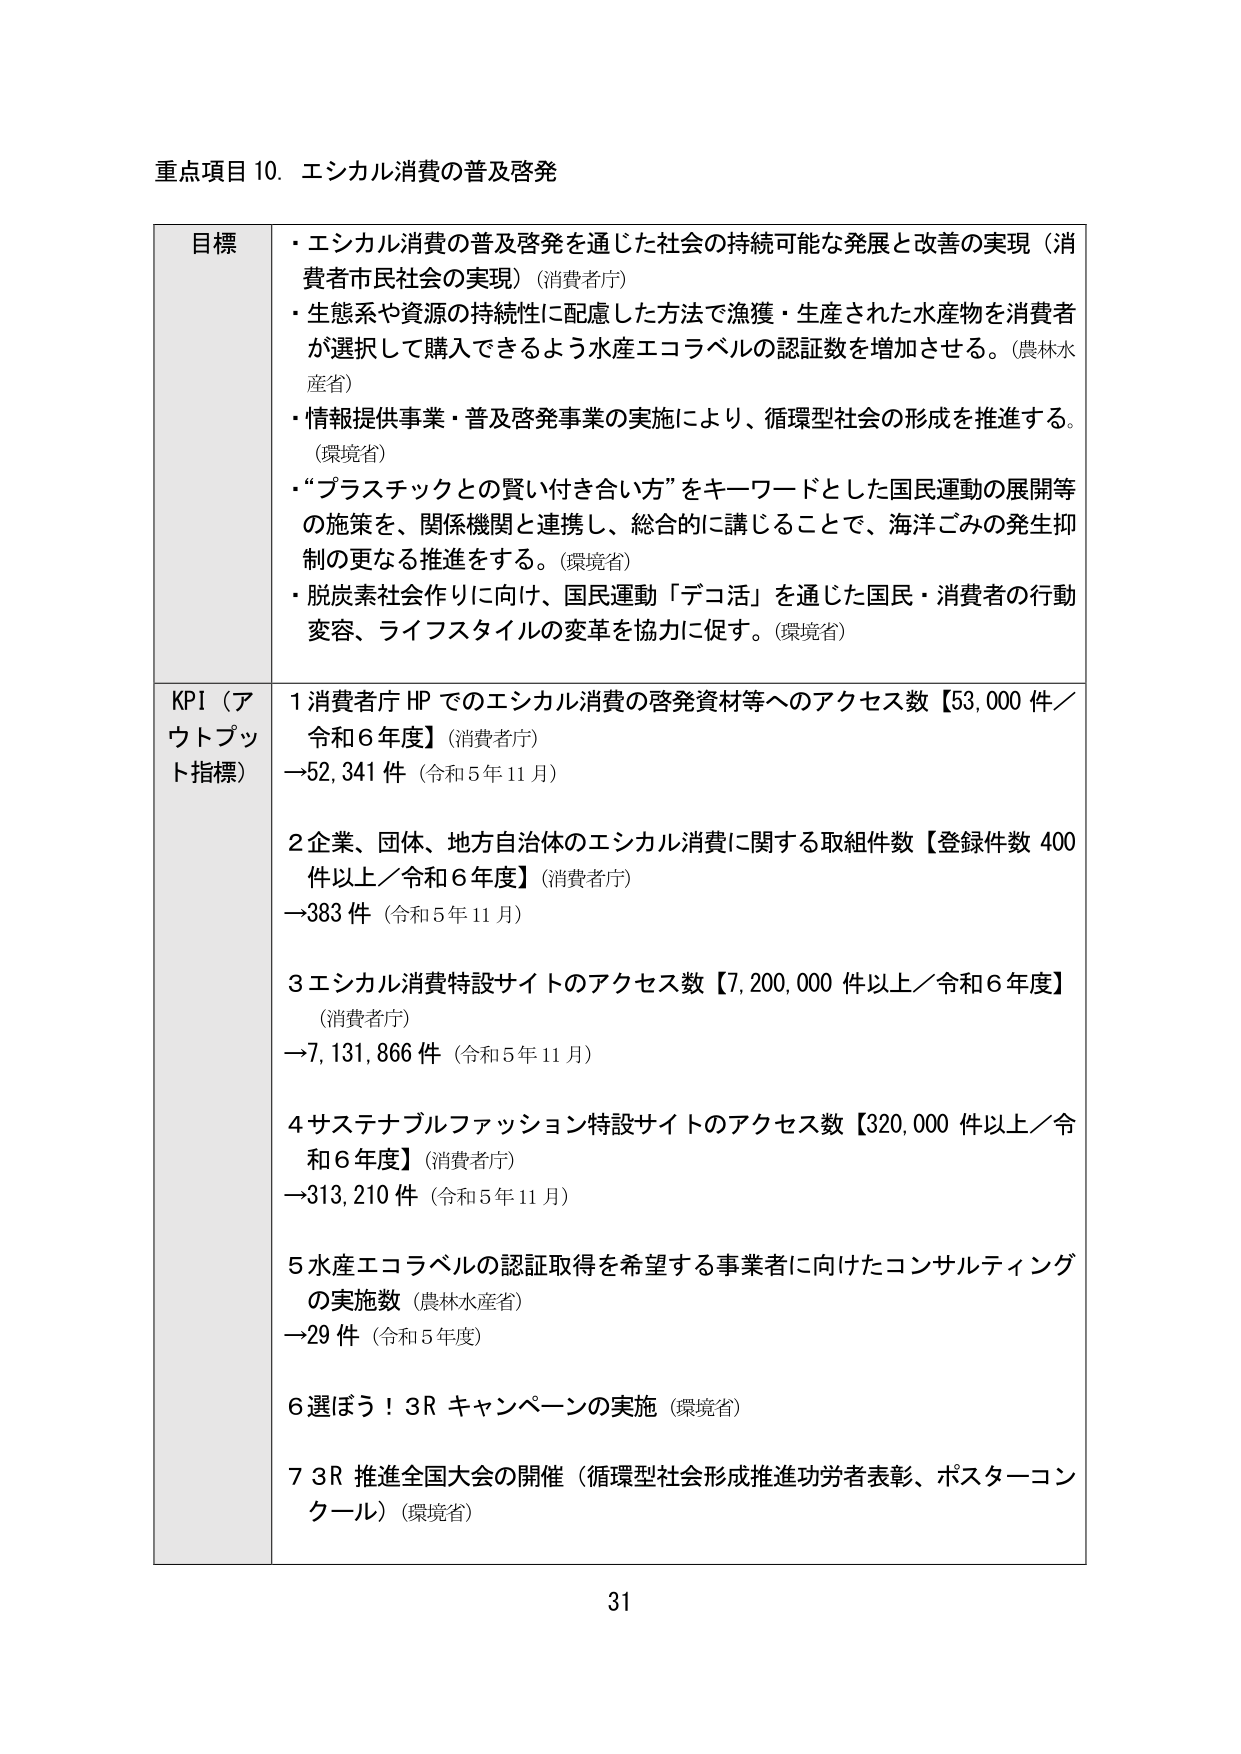
重点項目 10. エシカル消費の普及啓発

目標
・エシカル消費の普及啓発を通じた社会の持続可能な発展と改善の実現（消費者市民社会の実現）（消費者庁）
・生態系や資源の持続性に配慮した方法で漁獲・生産された水産物を消費者が選択して購入できるよう水産エコラベルの認証数を増加させる。（農林水産省）
・情報提供事業・普及啓発事業の実施により、循環型社会の形成を推進する。（環境省）
・“プラスチックとの賢い付き合い方”をキーワードとした国民運動の展開等の施策を、関係機関と連携し、総合的に講じることで、海洋ごみの発生抑制の更なる推進をする。（環境省）
・脱炭素社会作りに向け、国民運動「デコ活」を通じた国民・消費者の行動変容、ライフスタイルの変革を協力に促す。（環境省）

KPI（アウトプット指標）
1 消費者庁 HP でのエシカル消費の啓発資料等へのアクセス数【53,000 件／令和6年度】（消費者庁）
→52,341 件（令和5年11月）

2 企業、団体、地方自治体のエシカル消費に関する取組件数【登録件数 400 件以上／令和6年度】（消費者庁）
→383 件（令和5年11月）

3 エシカル消費特設サイトのアクセス数【7,200,000 件以上／令和6年度】（消費者庁）
→7,131,866 件（令和5年11月）

4 サステナブルファッション特設サイトのアクセス数【320,000 件以上／令和6年度】（消費者庁）
→313,210 件（令和5年11月）

5 水産エコラベルの認証取得を希望する事業者に向けたコンサルティングの実施数（農林水産省）
→29 件（令和5年度）

6 選ぼう！3R キャンペーンの実施（環境省）

7 3R 推進全国大会の開催（循環型社会形成推進功労者表彰、ポスターコンクール）（環境省）

31